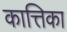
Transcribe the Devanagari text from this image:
कात्तिका